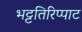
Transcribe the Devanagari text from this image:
भट्टतिरिप्पाट